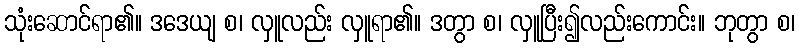
သုံးဆောင်ရာ၏။ ဒဒေယျ စ၊ လှူလည်း လှူရာ၏။ ဒတွာ စ၊ လှူပြီး၍လည်းကောင်း။ ဘုတွာ စ၊